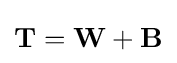
\mathbf {T} =\mathbf {W} +\mathbf {B}